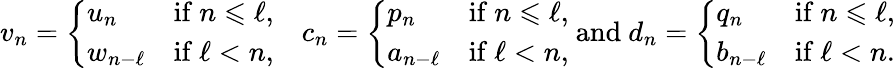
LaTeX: v_{n}=\left\{ \begin{array}{ll}{u_{n}}&{\mathrm{if~}n\leqslant\ell,}\\ {w_{n-\ell}}&{\mathrm{if~}\ell<n,}\end{array}\right.\quad c_{n}=\left\{ \begin{array}{ll}{p_{n}}&{\mathrm{if~}n\leqslant\ell,}\\ {a_{n-\ell}}&{\mathrm{if~}\ell<n,}\end{array}\right.\mathrm{~and~}d_{n}=\left\{ \begin{array}{ll}{q_{n}}&{\mathrm{if~}n\leqslant\ell,}\\ {b_{n-\ell}}&{\mathrm{if~}\ell<n.}\end{array}\right.